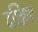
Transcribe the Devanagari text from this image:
दक्षिणः